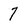
Character: 7